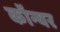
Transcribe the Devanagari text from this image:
कॉन्यर